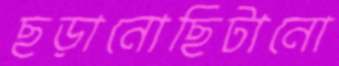
ছড়ানোছিটানো